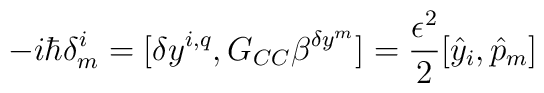
-i\hbar \delta ^i_m = [\delta y^{i,q}, G_{CC}\beta ^{\delta y^m}]= \frac{\epsilon ^2}{2} [{\hat y}_i, {\hat p}_m]